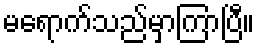
မရောက်သည်မှာကြာပြီ။